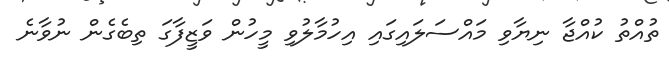
ތުއްތު ކުއްޖާ ނިޔާވި މައްސަލައިގައި އިހުމާލުވި މީހުން ވަޒީފާގަ ތިބެގެން ނުވާނެ